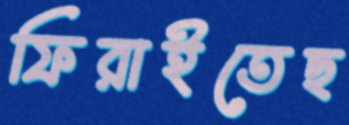
ফিরাইতেছ